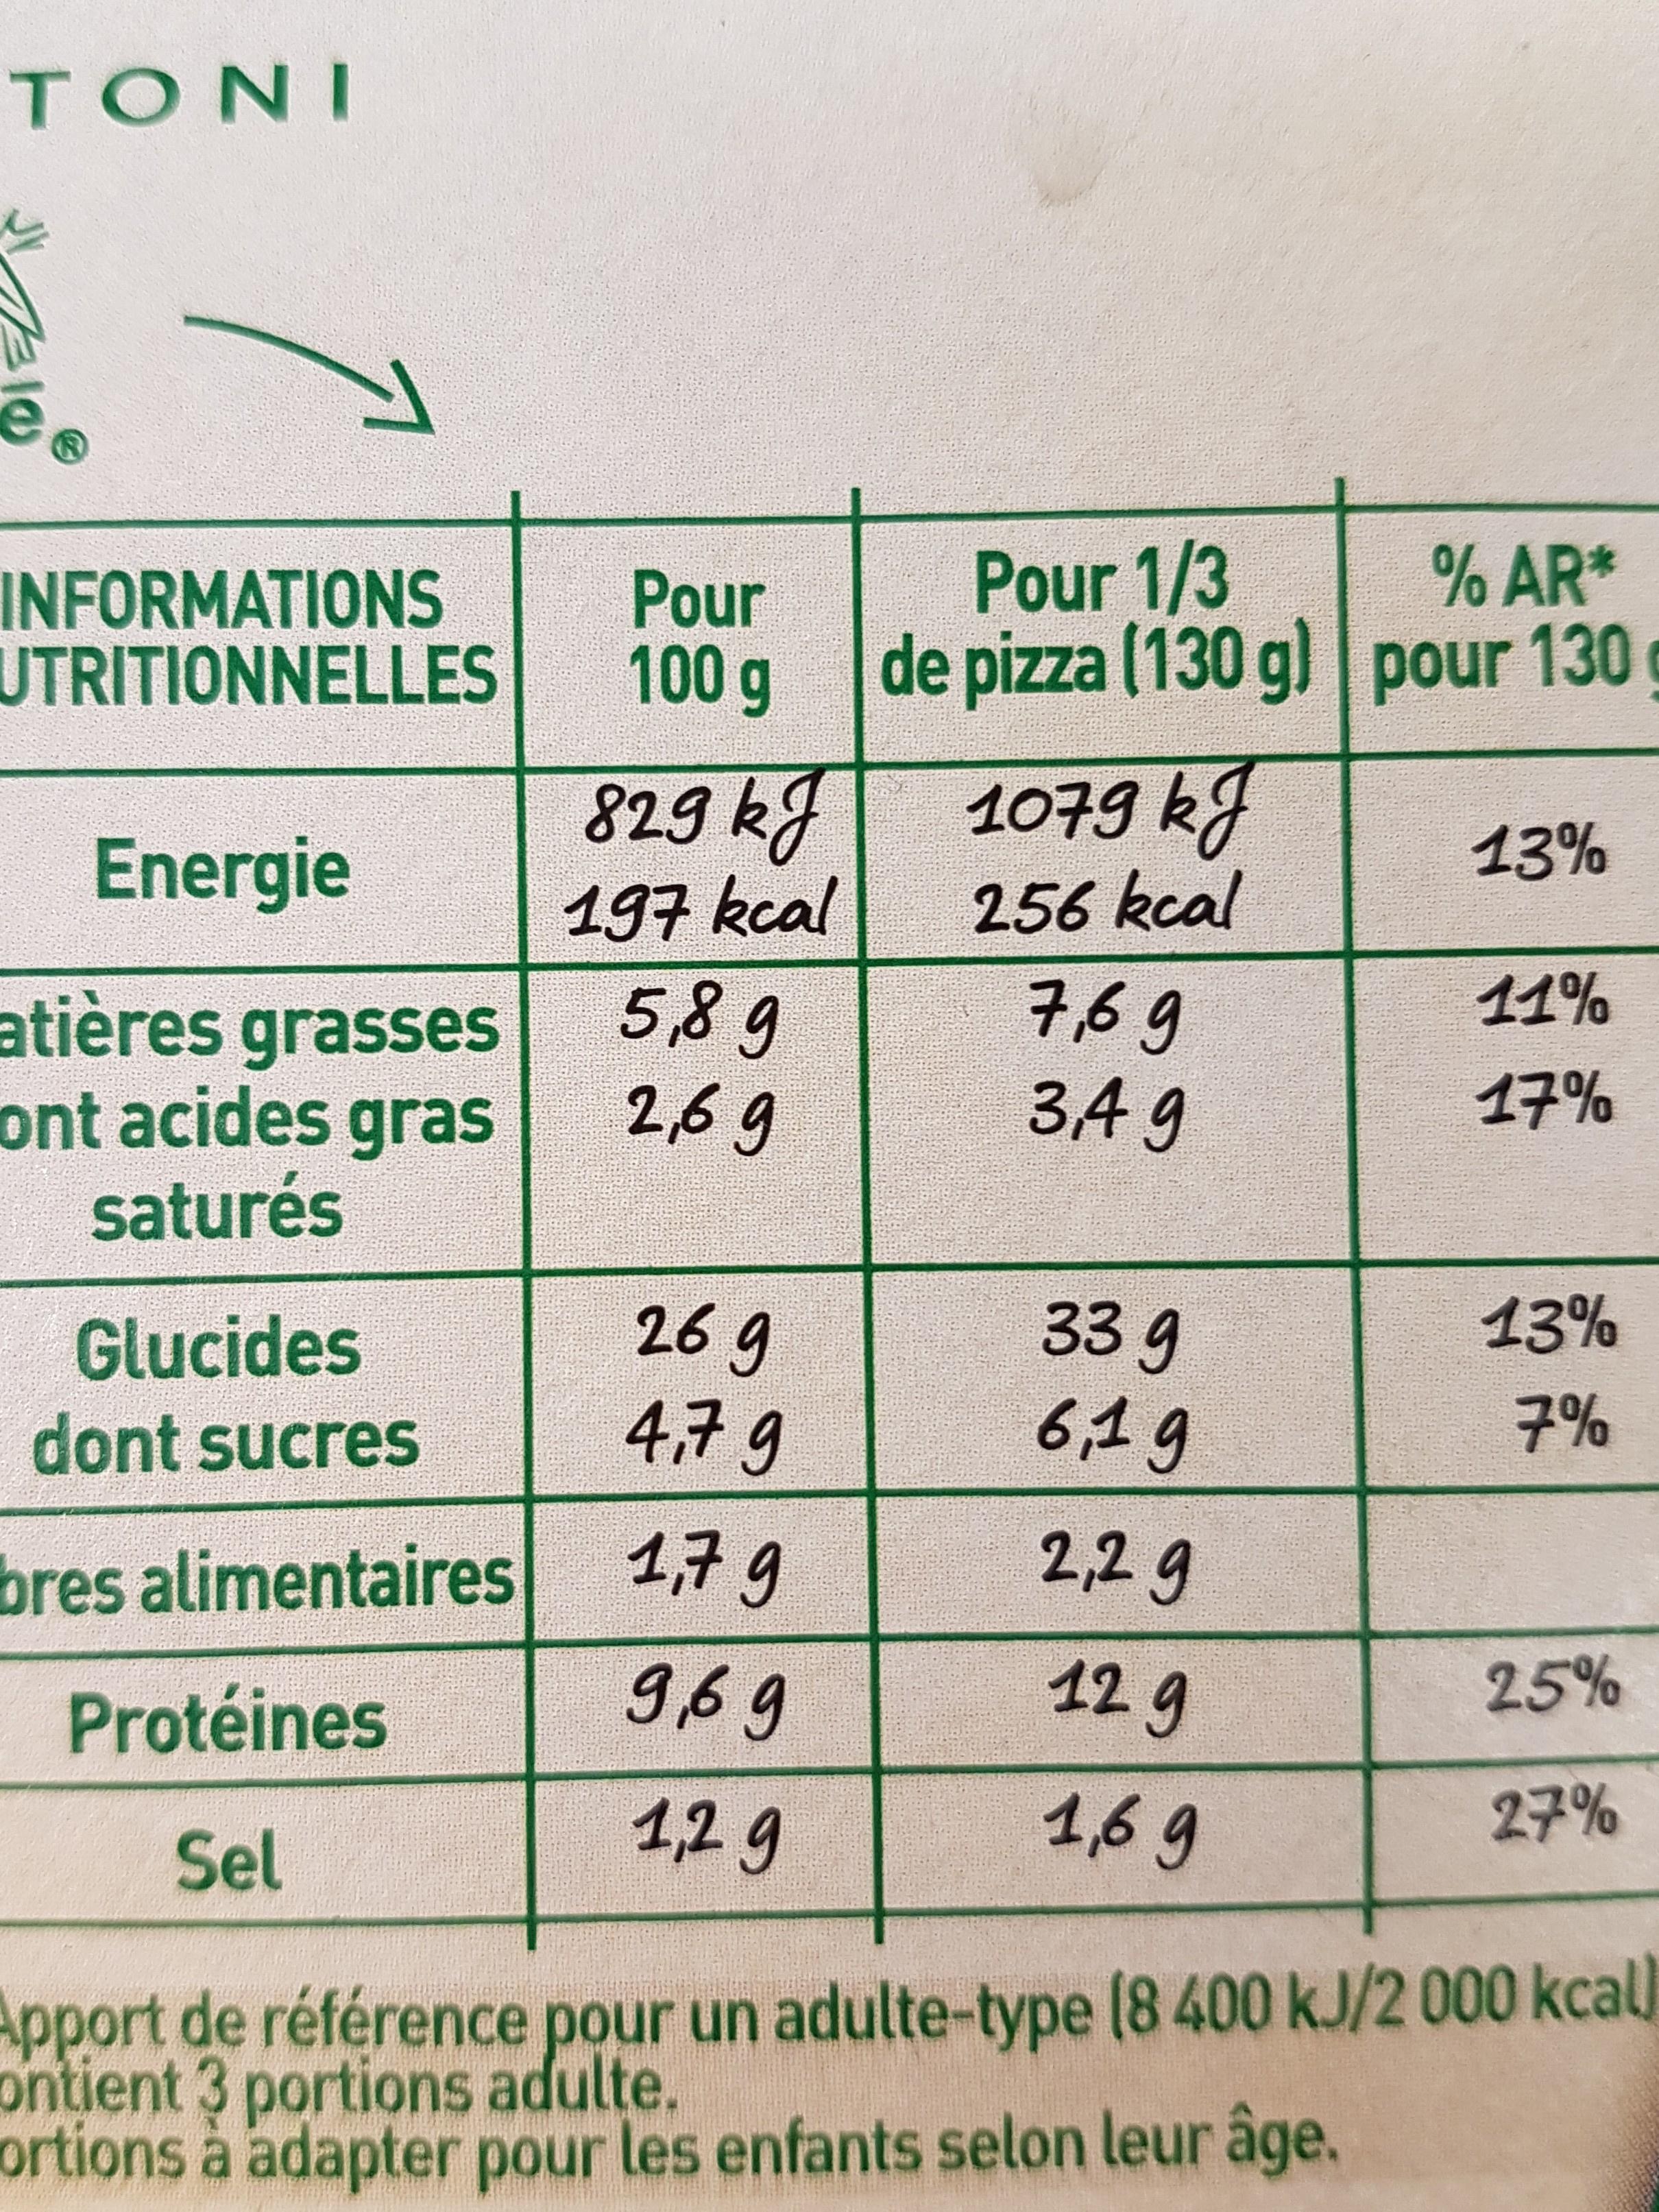
ΤΟΝΙ
INFORMATIONS UTRITIONNELLES
Energie
atières grasses
ont acides gras
saturés
Glucides
dont sucres
bres alimentaires
Protéines
Sel
Pour 100 g
829 kJ
197 kcal
5,8 g
2,6 g
26 g
4,7 g
1,7 g
9,69
1,2 g
Pour 1/3 de pizza (130 g)
1079 kJ
256 kcal
7,69
3,49
33 g
6,19
2,29
12 g
1,6 g
% AR* pour 130g
13%
11%
17%
13%
7%
25%
27%
Apport de référence pour un adulte-type (8 400 kJ/2 000 kcal) ontient 3 portions adulte.
ortions à adapter pour les enfants selon leur âge.